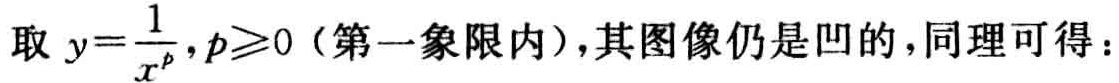
取 \(y = \frac{1}{x^{p}},p\geqslant0\)（第一象限内），其图像仍是凹的，同理可得：